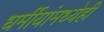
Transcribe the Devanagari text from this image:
धर्मीयांमध्येही